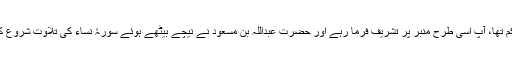
حکم تھا، آپؐ اسی طرح منبر پر تشریف فرما رہے اور حضرت عبداللہ بن مسعودؓ نے نیچے بیٹھے ہوئے سورۂ نساء کی تلاوت شروع کی۔